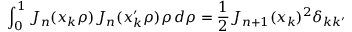
\int _ { 0 } ^ { 1 } J _ { n } ( x _ { k } \rho ) J _ { n } ( x _ { k } ^ { \prime } \rho ) \rho \, d \rho = { \frac { 1 } { 2 } } J _ { n + 1 } ( x _ { k } ) ^ { 2 } \delta _ { k k ^ { \prime } }